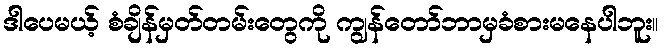
ဒါပေမယ့် စံချိန်မှတ်တမ်းတွေကို ကျွန်တော်ဘာမှခံစားမနေပါဘူး။